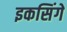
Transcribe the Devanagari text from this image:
इकसिंगें